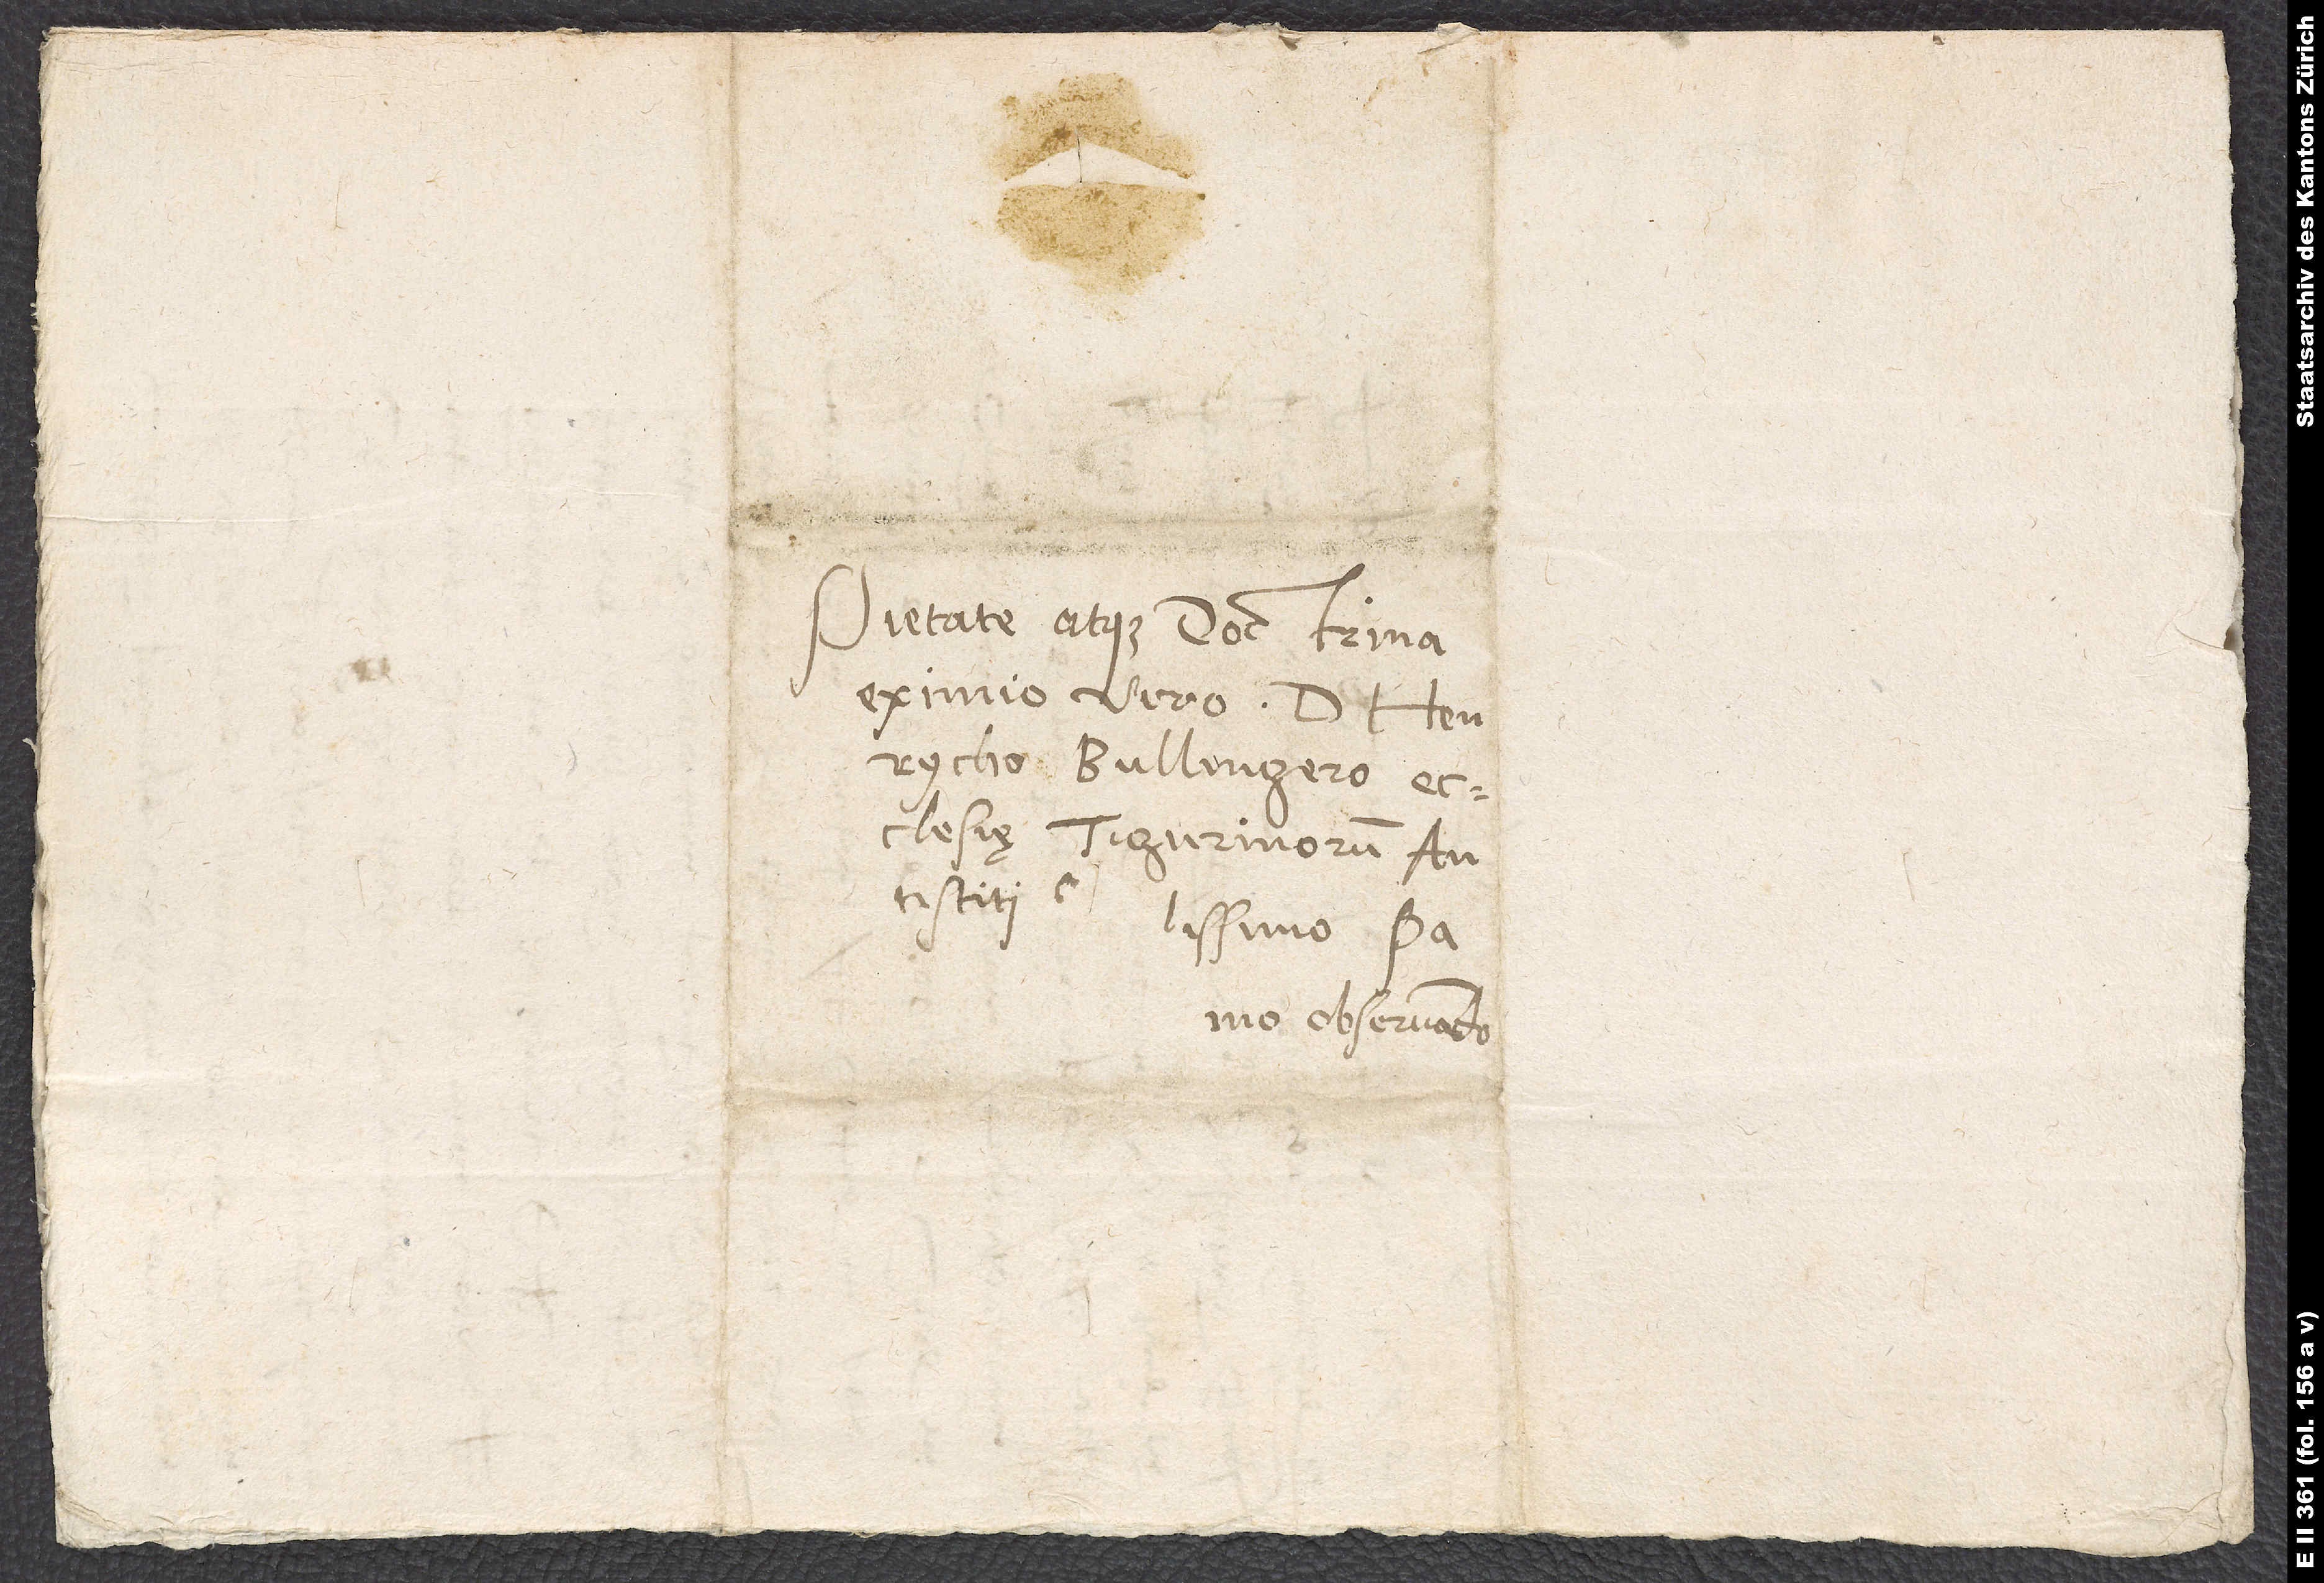
Pietate atque doctrina
eximio viro d. Henrycho
Bullingero,
ecclesię Tigurinorum
antistiti
no observando.